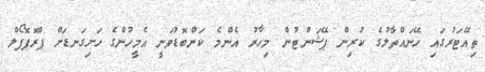
ތިއޭޓަރުގައި ހޭނައްތާލުގެ ކުރިން ޕޭޝަންޓުން މިހާރު އެންމެ ކަންބޮޑުވަނީ އެމީހުންގެ ހަށިގަނޑަށް ޕްރޮޕޮފޯލް